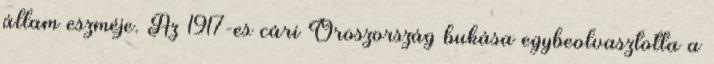
állam eszméje. Az 1917-es cári Oroszország bukása egybeolvasztotta a